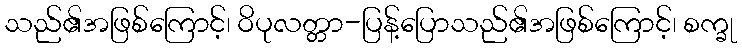
သည်၏အဖြစ်ကြောင့်၊ ဝိပုလတ္တာ-ပြန့်ပြောသည်၏အဖြစ်ကြောင့်၊ စက္ခု